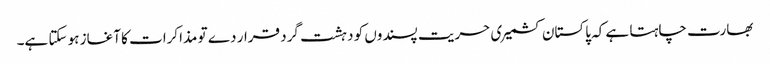
بھارت چاہتا ہے کہ پاکستان کشمیری حریت پسندوں کو دہشت گرد قرار دے تو مذاکرات کا آغاز ہو سکتا ہے۔